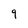
Character: 9